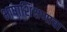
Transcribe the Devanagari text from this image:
भाषाशिक्षणाचा